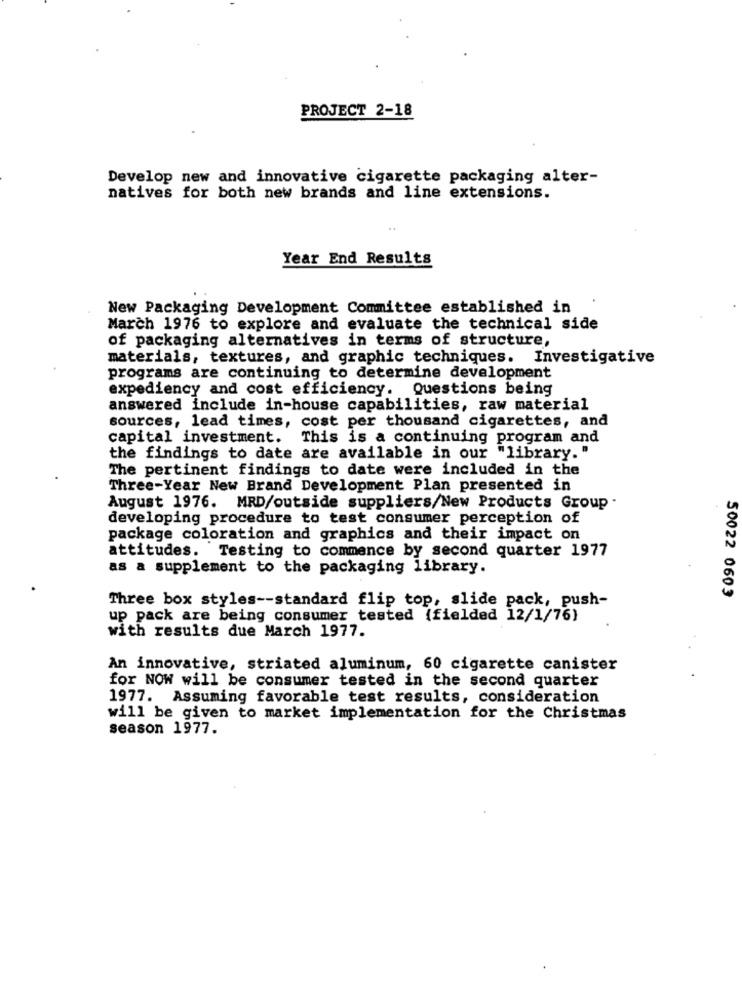
PROJECT 2-18
Develop new and innovative cigarette packaging alter-
natives for both new brands and line extensions.
Year End Results
New Packaging Development Committee established in
March 1976 to explore and evaluate the technical side
of packaging alternatives in terms of structure,
materials, textures, and graphic techniques. Investigative
programs are continuing to determine development
expediency and cost efficiency. Questions being
answered include in-house capabilities, raw material
sources, lead times, cost per thousand cigarettes, and
capital investment. This is a continuing program and
the findings to date are available in our "library."
The pertinent findings to date were included in the
Three-Year New Brand Development Plan presented in
August 1976. MRD/outside suppliers/New Products Group .
developing procedure to test consumer perception of
package coloration and graphics and their impact on
attitudes. Testing to commence by second quarter 1977
as a supplement to the packaging library.
Three box styles -- standard flip top, slide pack, push-
50022 0603
up pack are being consumer tested (fielded 12/1/76)
with results due March 1977.
An innovative, striated aluminum, 60 cigarette canister
for NOW will be consumer tested in the second quarter
1977. Assuming favorable test results, consideration
will be given to market implementation for the Christmas
season 1977.